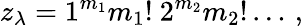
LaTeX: z_{\lambda}=1^{m_{1}}m_{1}!~2^{m_{2}}m_{2}!\dots\, ,